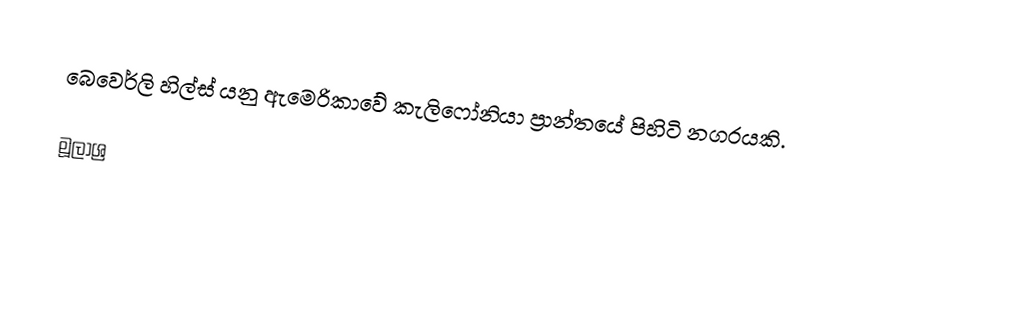
බෙවෙර්ලි හිල්ස් යනු ඇමෙරිකාවේ කැලිෆෝනියා ප්‍රාන්තයේ පිහිටි නගරයකි.

මූලාශ්‍ර